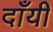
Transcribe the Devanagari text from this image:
दाँयी